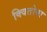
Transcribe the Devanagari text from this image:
क्वितोवा